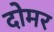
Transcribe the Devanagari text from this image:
दोमर